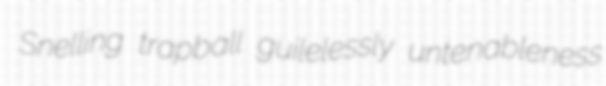
Snelling trapball guilelessly untenableness